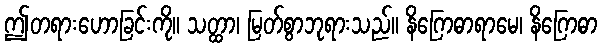
ဤတရားဟောခြင်းကို။ သတ္ထာ၊ မြတ်စွာဘုရားသည်။ နိဂြောဓာရာမေ၊ နိဂြောဓာ